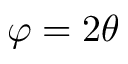
\varphi = 2 \theta